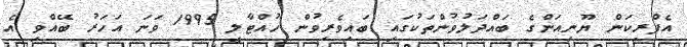
އެފްރިކަން ޔޫނިއަންގެ ބައްދަލުވުންތަކުގައި ބައިވެރިވުން ހުއްޓާލީ 1995 ވަނަ އަހަރު ބޭއްވި އެ